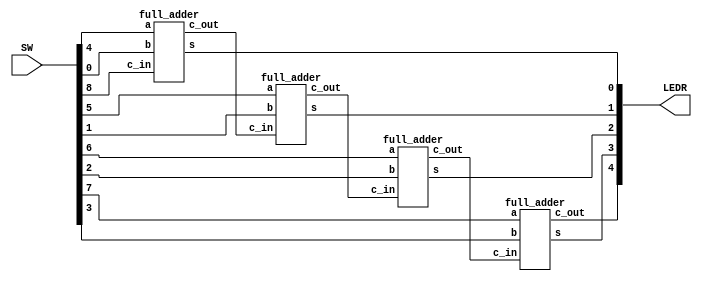
module part3 (SW, LEDR);
	input [8:0] SW;
	output [4:0] LEDR;
	wire [3:0] A, B, C_in, Sum, C_out;
	
	assign {C_in[0], A, B} = SW;
	assign LEDR = {C_out[3], Sum};
	
	full_adder fa0 (A[0], B[0], C_in[0], Sum[0], C_out[0]);
	full_adder fa1 (A[1], B[1], C_out[0], Sum[1], C_out[1]);
	full_adder fa2 (A[2], B[2], C_out[1], Sum[2], C_out[2]);
	full_adder fa3 (A[3], B[3], C_out[2], Sum[3], C_out[3]);
endmodule

module full_adder (a, b, c_in, s, c_out);
	input a, b, c_in;
	output s, c_out;
	wire xor0_out, xor1_out, and0_out, and1_out, or0_out;
	
	assign xor0_out = a ^ b;
	assign xor1_out = xor0_out ^ c_in;
	assign and0_out = xor0_out & c_in;
	assign and1_out = a & b;
	assign or0_out = and0_out | and1_out;
	
	assign s = xor1_out;
	assign c_out = or0_out;
endmodule